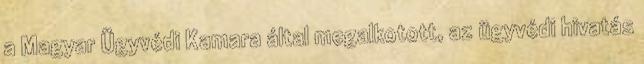
a Magyar Ügyvédi Kamara által megalkotott, az ügyvédi hivatás